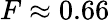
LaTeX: F\approx 0.66